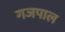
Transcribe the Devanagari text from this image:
गजपाल